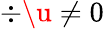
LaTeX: \div\u\ne 0